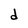
Character: d